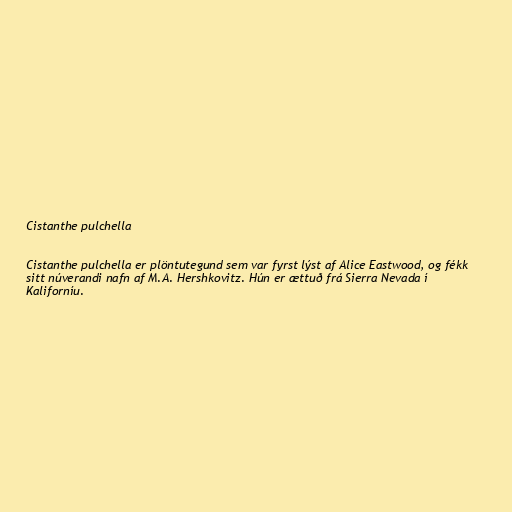
Cistanthe pulchella

Cistanthe pulchella er plöntutegund sem var fyrst lýst af Alice Eastwood, og fékk
sitt núverandi nafn af M.A. Hershkovitz. Hún er ættuð frá Sierra Nevada í
Kaliforníu.